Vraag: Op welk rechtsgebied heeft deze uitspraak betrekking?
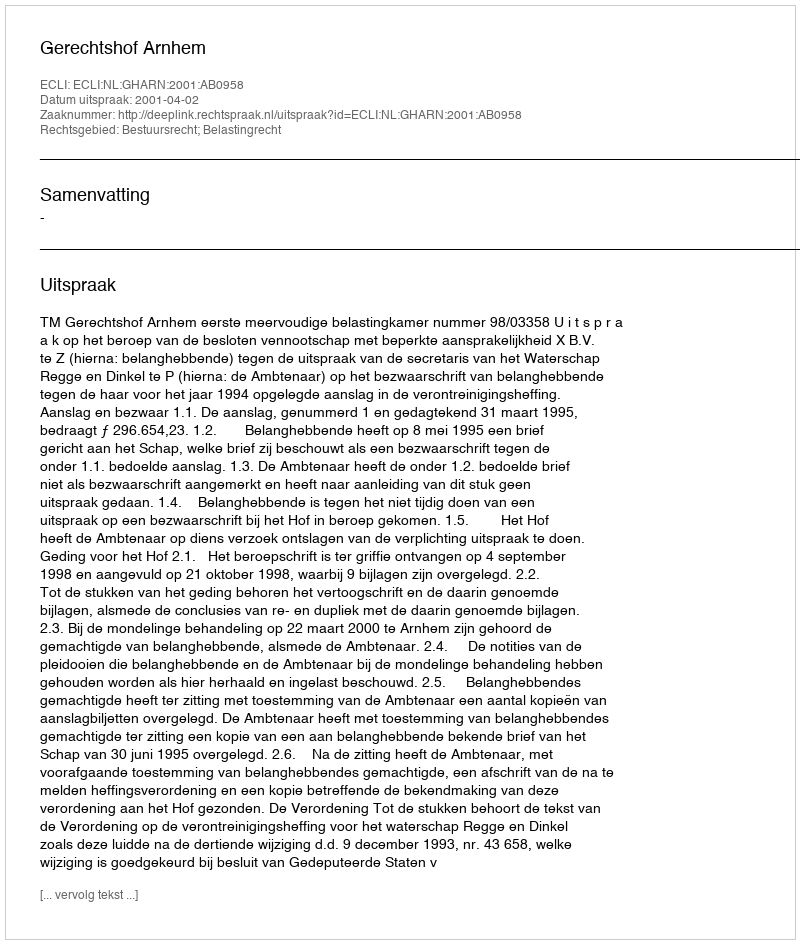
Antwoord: Bestuursrecht; Belastingrecht